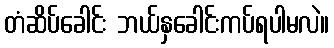
တံဆိပ်ခေါင်း ဘယ်နှခေါင်းကပ်ရပါမလဲ။